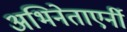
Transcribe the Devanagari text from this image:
अभिनेताएर्नी